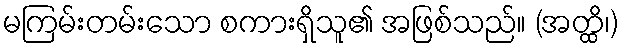
မကြမ်းတမ်းသော စကားရှိသူ၏ အဖြစ်သည်။ (အတ္ထိ၊)